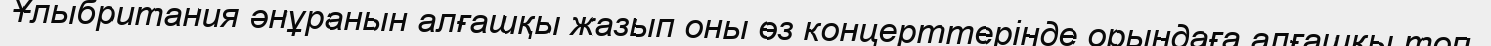
Ұлыбритания әнұранын алғашқы жазып оны өз концерттерінде орындаға алғашқы топ.